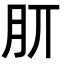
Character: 𣍠